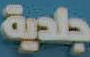
جلدية